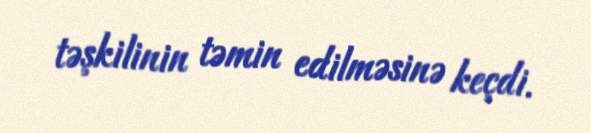
təşkilinin təmin edilməsinə keçdi.